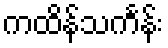
ကထိန်သင်္ကန်း